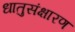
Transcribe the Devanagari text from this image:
धातुसंक्षारण